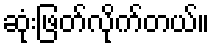
ဆုံးဖြတ်လိုက်တယ်။